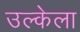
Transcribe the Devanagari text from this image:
उल्केला